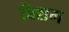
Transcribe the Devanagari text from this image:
विशम